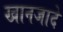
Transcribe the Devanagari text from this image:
खानजादे